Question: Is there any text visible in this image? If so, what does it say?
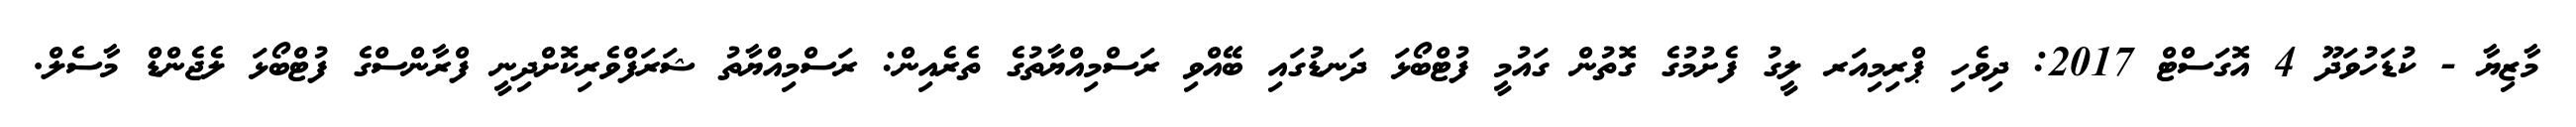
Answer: މާޒިޔާ - ކުޑަހުވަދޫ 4 އޮގަސްޓް 2017: ދިވެހި ޕްރިމިއަރ ލީގު ފެށުމުގެ ގޮތުން ގައުމީ ފުޓްބޯޅަ ދަނޑުގައި ބޭއްވި ރަސްމިއްޔާތުގެ ތެރެއިން: ރަސްމިއްޔާތު ޝަރަފްވެރިކޮށްދިނީ ފްރާންސްގެ ފުޓްބޯޅަ ލެޖެންޑް މާސެލް.